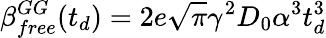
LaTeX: \beta_{free}^{GG}(t_{d})=2e\sqrt{\pi}\gamma^{2}D_{0}\alpha^{3}t_{d}^{3}